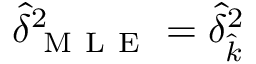
\hat { \delta } _ { \mathrm { ~ M ~ L ~ E ~ } } ^ { 2 } = \hat { \delta } _ { \hat { k } } ^ { 2 }